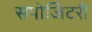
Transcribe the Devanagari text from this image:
सपोजिटरी